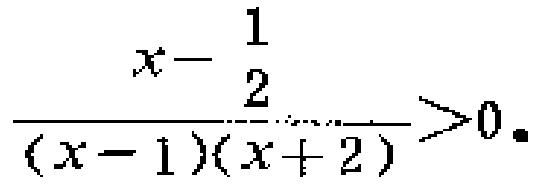
$\frac{x - \frac{1}{2}}{(x - 1)(x + 2)}>0$